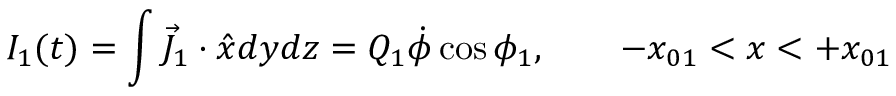
I _ { 1 } ( t ) = \int \vec { J } _ { 1 } \cdot \hat { x } d y d z = Q _ { 1 } \dot { \phi } \cos \phi _ { 1 } , \qquad - x _ { 0 1 } < x < + x _ { 0 1 }